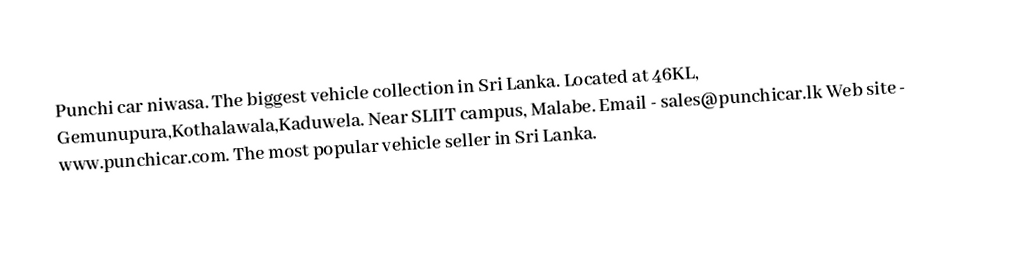
Punchi car niwasa. The biggest vehicle collection in Sri Lanka. Located at 46KL, Gemunupura,Kothalawala,Kaduwela. Near SLIIT campus, Malabe. Email - sales@punchicar.lk Web site - www.punchicar.com. The most popular vehicle seller in Sri Lanka.